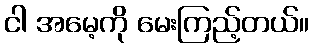
ငါ အမေ့ကို မေးကြည့်တယ်။